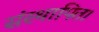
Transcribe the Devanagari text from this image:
संस्थापित।